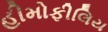
હીમોફીલિય